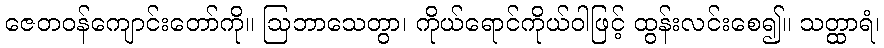
ဇေတဝန်ကျောင်းတော်ကို။ ဩဘာသေတွာ၊ ကိုယ်ရောင်ကိုယ်ဝါဖြင့် ထွန်းလင်းစေ၍။ သတ္ထာရံ၊